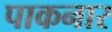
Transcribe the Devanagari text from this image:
पाकनार